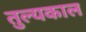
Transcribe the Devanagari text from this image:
तुल्यकाल